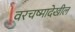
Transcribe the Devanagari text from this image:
वरचष्मादेखील